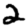
Digit: 2